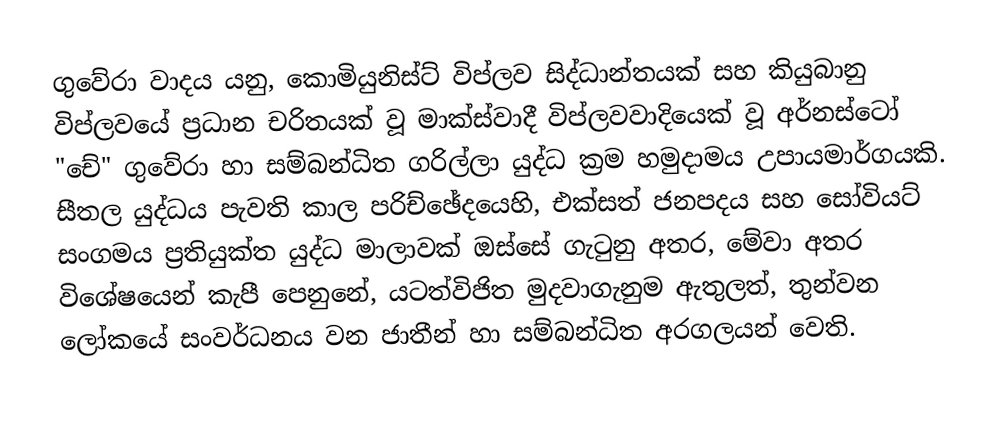
ගුවේරා වාදය යනු,   කොමියුනිස්ට් විප්ලව සිද්ධාන්තයක් සහ කියුබානු විප්ලවයේ ප්‍රධාන චරිතයක් වූ මාක්ස්වාදී විප්ලවවාදියෙක් වූ  අර්නස්ටෝ "චේ" ගුවේරා හා සම්බන්ධිත  ගරිල්ලා යුද්ධ ක්‍රම හමුදාමය උපායමාර්ගයකි. සීතල යුද්ධය පැවති කාල පරිච්ඡේදයෙහි, එක්සත් ජනපදය සහ සෝවියට් සංගමය ප්‍රතියුක්ත යුද්ධ මාලාවක් ඔස්සේ ගැටුනු අතර, මේවා අතර විශේෂයෙන් කැපී පෙනුනේ, යටත්විජිත මුදවාගැනුම ඇතුලත්, තුන්වන ලෝකයේ සංවර්ධනය වන ජාතීන් හා සම්බන්ධිත අරගලයන් වෙති.